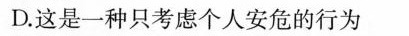
D.这是一种只考虑个人安危的行为